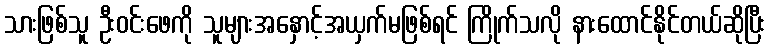
သားဖြစ်သူ ဦးဝင်းဖေကို သူများအနှောင့်အယှက်မဖြစ်ရင် ကြိုက်သလို နားထောင်နိုင်တယ်ဆိုပြီး